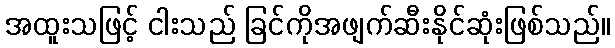
အထူးသဖြင့် ငါးသည် ခြင်ကိုအဖျက်ဆီးနိုင်ဆုံးဖြစ်သည်။